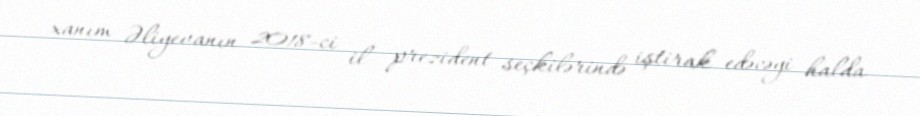
xanım Əliyevanın 2018-ci il prezident seçkilərində iştirak edəcəyi halda